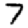
Digit: 7